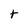
Character: t